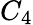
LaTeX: C_{4}